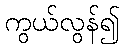
ကွယ်လွန်၍